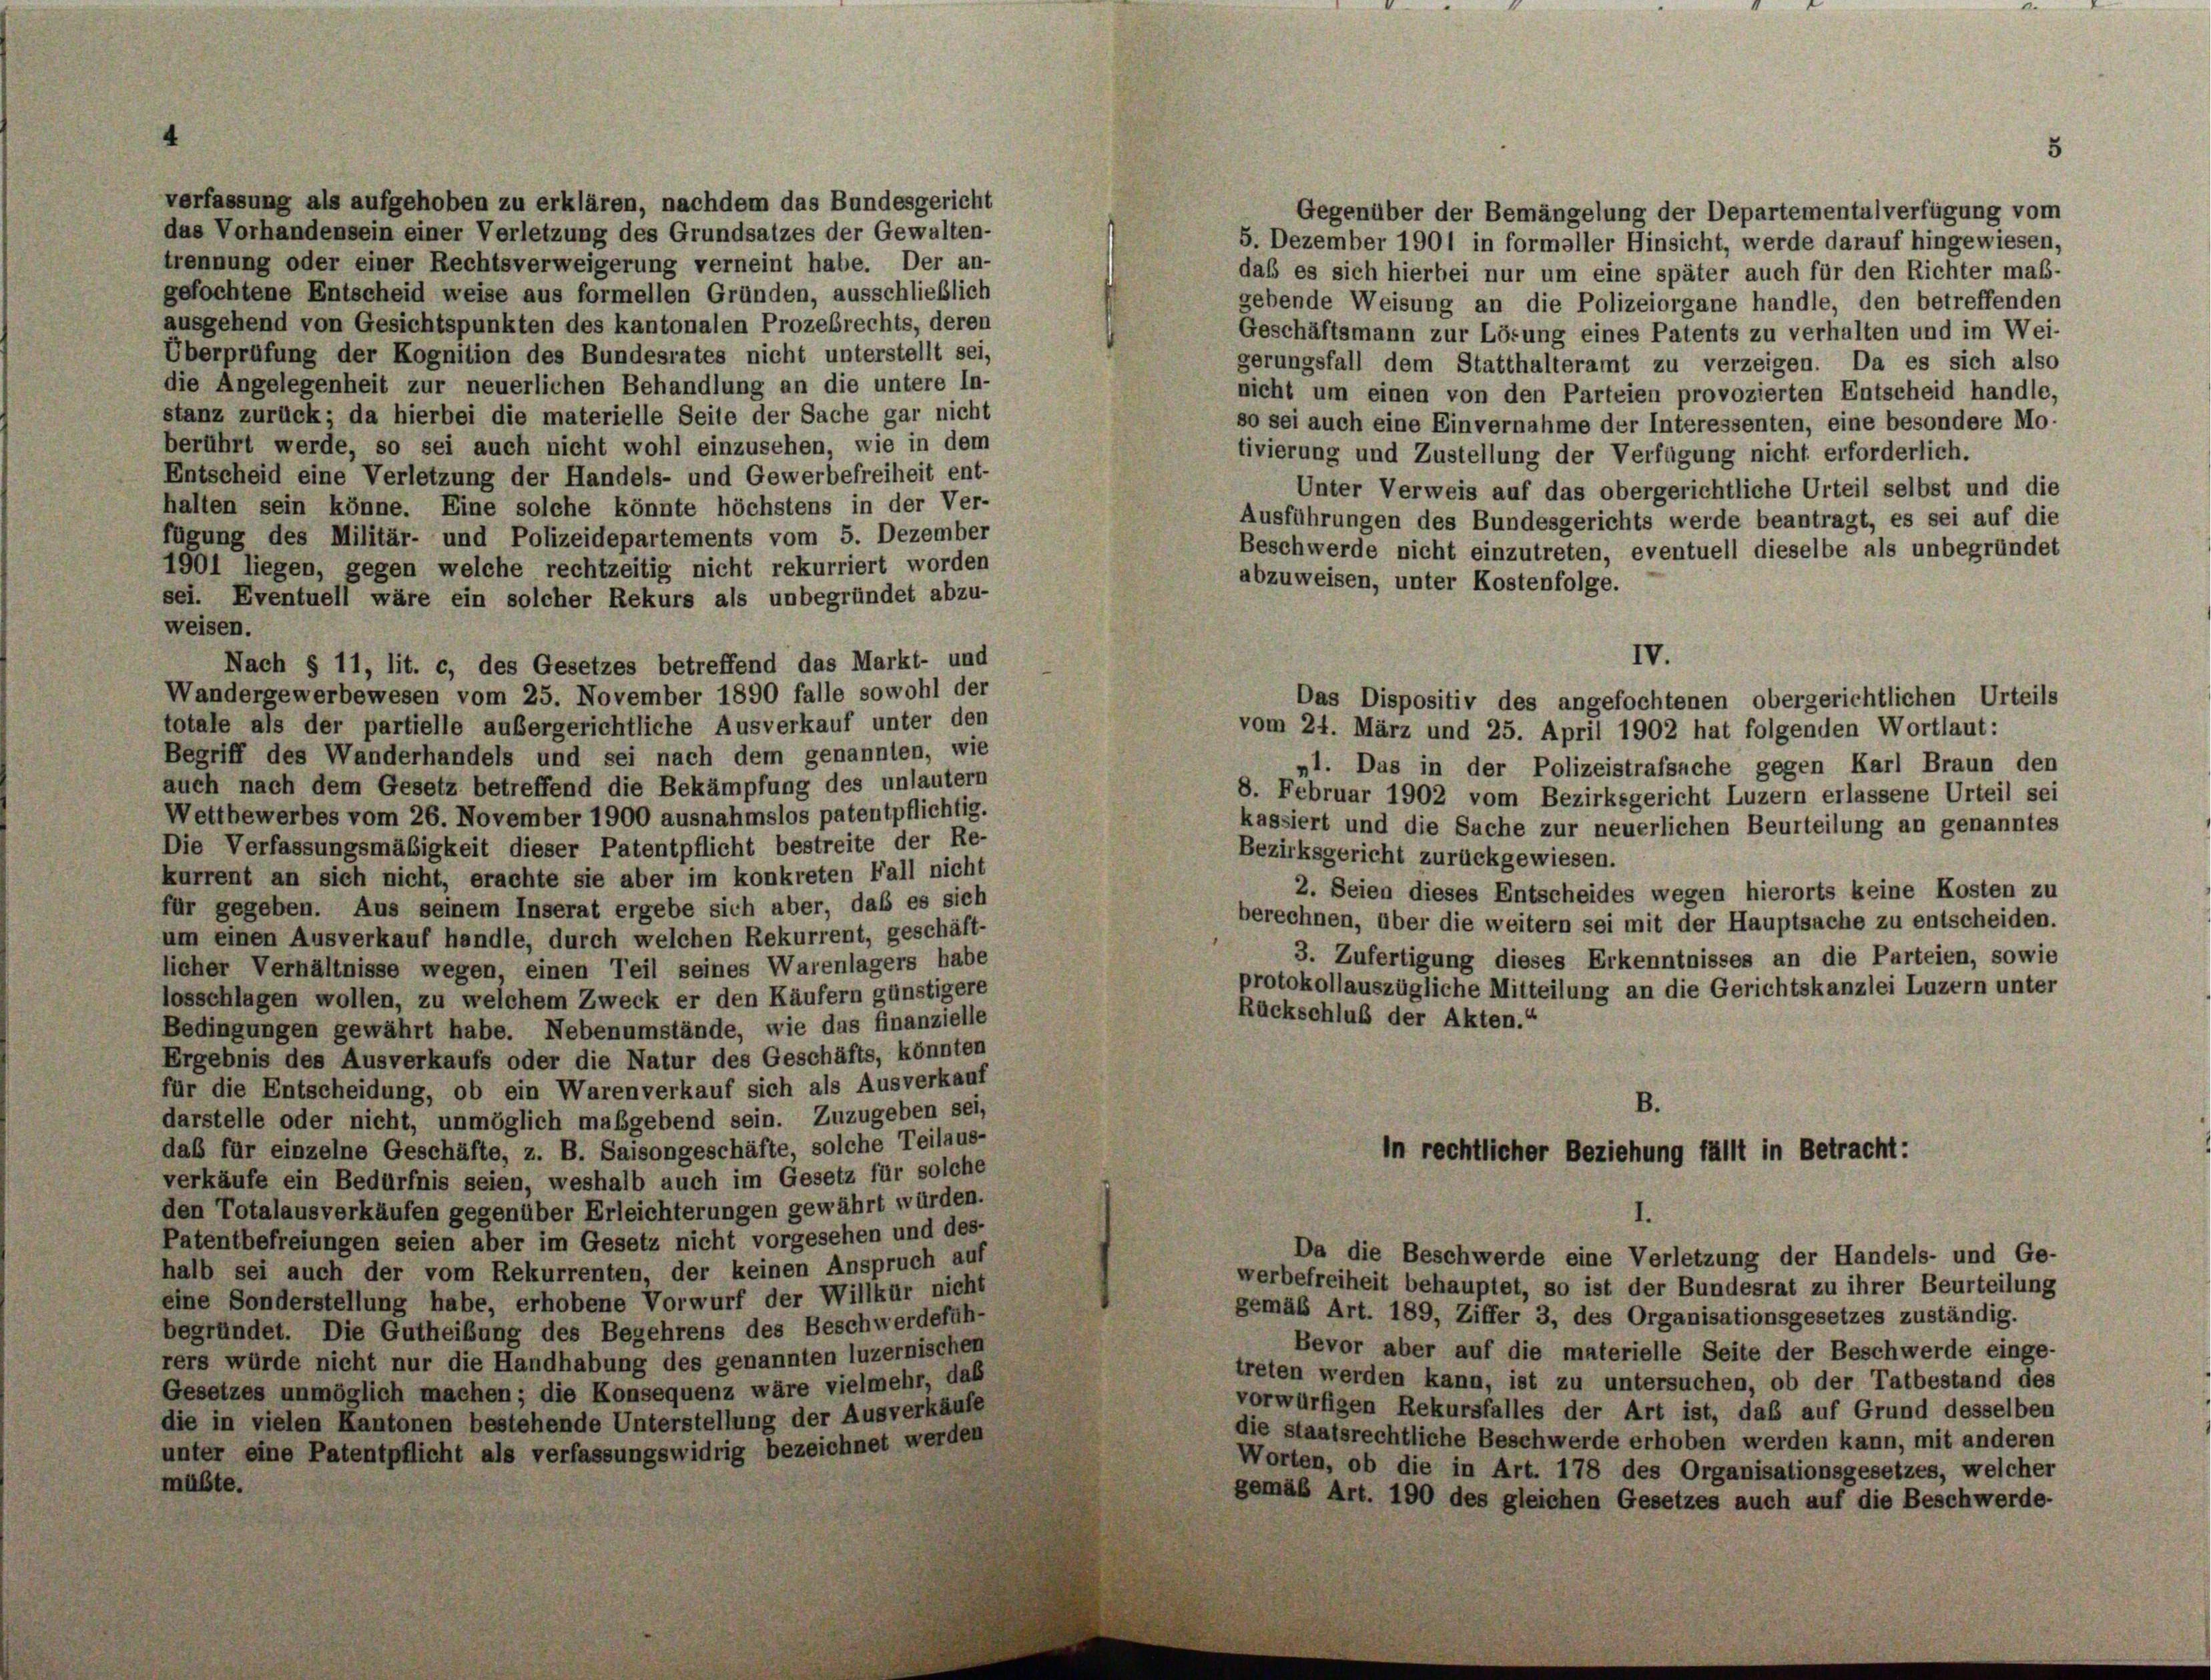
verfassung als aufgehoben zu erklären, nachdem das Bundesgericht
Gegenüber der Bemängelung der Departementalverfügung vom
das Vorhandensein einer Verletzung des Grundsatzes der Gewalten-
5. Dezember 1901 in formeller Hinsicht, werde darauf hingewiesen,
trennung oder einer Rechtsverweigerung verneint habe. Der an-
daß es sich hierbei nur um eine später auch für den Richter er
gefochtene Entscheid weise aus formellen Gründen, ausschließlich
gebende Weisung an die Polizeiorgane handle, den betreffe
ausgehend von Gesichtspunkten des kantonalen Prozebrechts, deren
Geschäftsmann zur Lösung eines Patents zu verhalten und im V
Überprüfung der Kognition des Bundesrates nicht unterstellt sei,
gerungsfall dem Statthalteramt zu verzeigen. Da es sich s
die Angelegenheit zur neuerlichen Behandlung an die untere In-
nicht um einen von den Parteien provozierten Entscheid han
stanz zurück; da hierbei die materielle Seite der Sache gar nicht
so sei auch eine Einvernahme der Interessenten, eine besondere
berührt werde, so sei auch nicht wohl einzusehen, wie in dem
tivierung und Zustellung der Verfügung nicht erforderlich.
Entscheid eine Verletzung der Handels- und Gewerbefreiheit ent-
Unter Verweis auf das obergerichtliche Urteil selbst und
halten sein könne. Eine solche könnte höchstens in der Ver-
Ausführungen des Bundesgerichts werde beantragt, es sei auf
fügung des Militär- und Polizeidepartements vom 5. Dezember
Beschwerde nicht einzutreten, eventuell dieselbe als unbegrüß
1901 liegen, gegen welche rechtzeitig nicht rekurriert worden
abzuweisen, unter Kostenfolge.
sei. Eventuell wäre ein solcher Rekurs als unbegründet abzu-
weisen.
Nach § 11, lit. c, des Gesetzes betreffend das Markt- und
Wandergewerbewesen vom 25. November 1890 falle sowohl der
totale als der partielle außergerichtliche Ausverkauf unter den
vom 24. März und 25. April 1902 hat folgenden Wortlaut:
Begriff des Wanderhandels und sei nach dem genannten, wie
„1. Das in der Polizeistrafsache gegen Karl Braun
auch nach dem Gesetz betreffend die Bekämpfung des unlautern
8. Februar 1902 vom Bezirksgericht Luzern erlassene Urteil
Wettbewerbes vom 26. November 1900 ausnahmslos patentpflichtig.
kassiert und die Sache zur neuerlichen Beurteilung an genans
Die Verfassungsmäßigkeit dieser Patentpflicht bestreite der Re-
Bezirksgericht zurückgewiesen.
kurrent an sich nicht, erachte sie aber im konkreten Fall nicht
2. Seien dieses Entscheides wegen hierorts keine Kosten
für gegeben. Aus seinem Inserat ergebe sich aber, daß es sich
berechnen, über die weitern sei mit der Hauptsache zu entscheit
um einen Ausverkauf handle, durch welchen Rekurrent, geschäft-
3. Zufertigung dieses Erkenntnisses an die Parteien, so
licher Verhältnisse wegen, einen Teil seines Warenlagers habe
protokollauszügliche Mitteilung an die Gerichtskanzlei Luzern u
losschlagen wollen, zu welchem Zweck er den Käufern günstigere
Rückschluß der Akten.“
Bedingungen gewährt habe. Nebenumstände, wie das finanzielle
Ergebnis des Ausverkaufs oder die Natur des Geschäfts, könnten
für die Entscheidung, ob ein Warenverkauf sich als Ausverkauf
B.
darstelle oder nicht, unmöglich maßgebend sein. Zuzugeben sei,
daß für einzelne Geschäfte, z. B. Saisongeschäfte, solche Teilaus-
in rechtlicher Beziehung fällt in Betracht:
verkäufe ein Bedürfnis seien, weshalb auch im Gesetz für solche
den Totalausverkäufen gegenüber Erleichterungen gewährt würden.
Patentbefreiungen seien aber im Gesetz nicht vorgesehen und des-
Da die Beschwerde eine Verletzung der Handels- und Ge-
halb sei auch der vom Rekurrenten, der keinen Anspruch auf
werbefreiheit behauptet, so ist der Bundesrat zu ihrer Beurteilung
eine Sonderstellung habe, erhobene Vorwurf der Willkür nicht
gemäß Art. 189, Ziffer 3, des Organisationsgesetzes zuständig.
begründet. Die Gutheißung des Begehrens des Beschwerdefüh-
Bevor aber auf die materielle Seite der Beschwerde einge-
rers würde nicht nur die Handhabung des genannten luzernischen
treten werden kann, ist zu untersuchen, ob der Tatbestand des
Gesetzes unmöglich machen; die Konsequenz wäre vielmehr, daß
vorwürfigen Rekursfalles der Art ist, daß auf Grund desselben
die in vielen Kantonen bestehende Unterstellung der Ausverkäufe
die staatsrechtliche Beschwerde erhoben werden kann, mit anderen
unter eine Patentpflicht als verfassungswidrig bezeichnet werden

IV.
Das Dispositiv des angefochtenen obergerichtlichen Ur

Worten, ob die in Art. 178 des Organisationsgesetzes, welcher
gemäß Art. 190 des gleichen Gesetzes auch auf die Beschwerde-